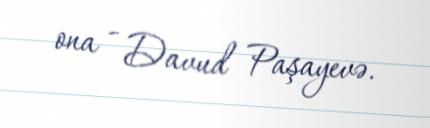
ona - Davud Paşayevə.